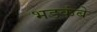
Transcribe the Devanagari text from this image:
भडकंबे